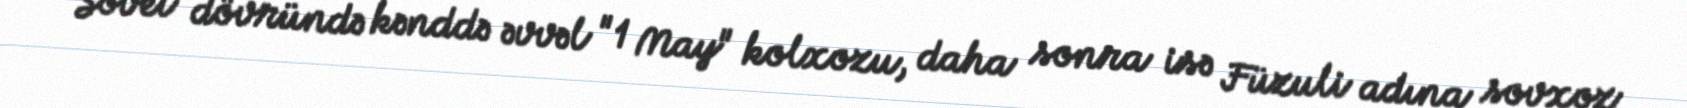
Sovet dövründə kənddə əvvəl "1 May" kolxozu, daha sonra isə Füzuli adına sovxoz